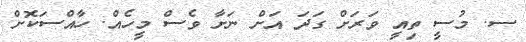
ސ. މުސީ ތިއީ ވަރަށް ގަދަ އަށް ނަށާ ވެސް މީހެއް. ހާއްސަކޮށް